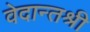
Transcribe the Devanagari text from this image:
वेदान्तश्री